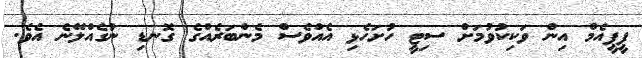
ޕީޕީއެމް އިން ވަކިކުވުމަށް ސިޓީ ހުށަހެޅި އެއްވެސް މެންބަރެއްގެ ގޮނޑި ނުގެއްލޭނެ އެވެ.